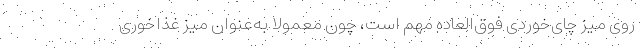
روی میز چای‌خوردی فوق‌العاده مهم است، چون معمولا به‌عنوان میز غذاخوری